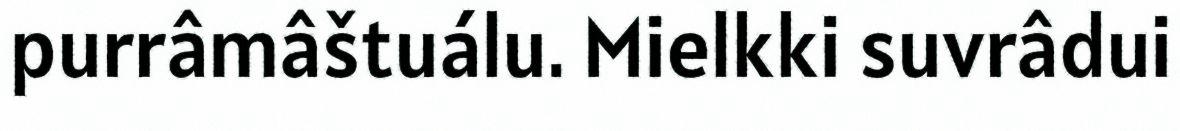
purrâmâštuálu. Mielkki suvrâdui